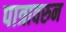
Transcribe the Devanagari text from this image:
पात्रावरुन